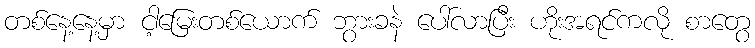
တစ်နေ့နေ့မှာ ငါ့မြေးတစ်ယောက် ဘွားခနဲ ပေါ်လာပြီး ဟိုးအရင်ကလို စာတွေ